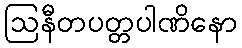
ဩနီတပတ္တပါဏိနော